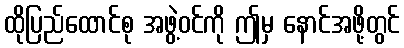
ထိုပြည်ထောင်စု အဖွဲ့ဝင်ကို ဤမှ နောင်အဖို့တွင်